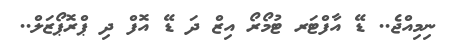
ނިމިއްޖެ.. ޑޭ އާފްޓަރ ޓުމޯރޯ އިޒް ދަ ޑޭ އޮފް ދި ޕްރޮޕޯޒަލް..